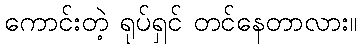
ကောင်းတဲ့ ရုပ်ရှင် တင်နေတာလား။